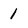
Character: 1